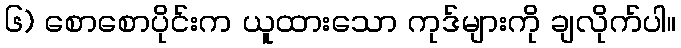
၆) စောစောပိုင်းက ယူထားသော ကုဒ်များကို ချလိုက်ပါ။